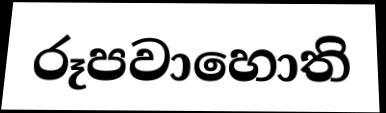
රූපවාහොති